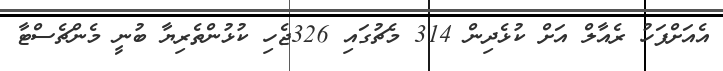
އެއަށްފަހު ރެއާލް އަށް ކުޅެދިން 314 މެޗުގައި 326ޖެހި ކުޅުންތެރިޔާ ބުނީ މެންޗެސްޓާ